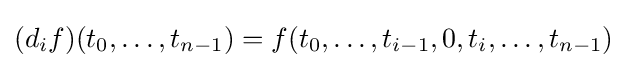
(d_{i}f)(t_{0},\dots ,t_{n-1})=f(t_{0},\dots ,t_{i-1},0,t_{i},\dots ,t_{n-1})